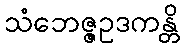
သံဘေဇ္ဇဥဒကန္တိ